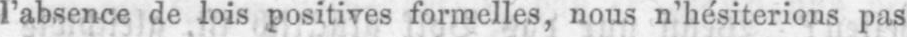
l’absence de lois positives formelles, nous n’hésiterions pas